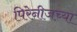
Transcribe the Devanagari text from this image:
पिरेनीजच्या